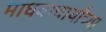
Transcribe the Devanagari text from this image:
माधवाचार्यांच्या